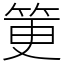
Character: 筻